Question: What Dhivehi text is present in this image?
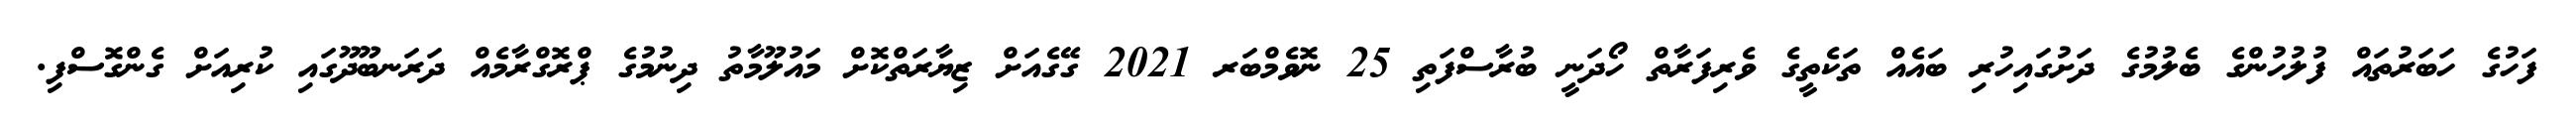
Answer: ފަހުގެ ހަބަރުތައް ފުލުހުންގެ ބެލުމުގެ ދަށުގައިހުރި ބައެއް ތަކެތީގެ ވެރިފަރާތް ހޯދަނީ ބުރާސްފަތި 25 ނޮވެމްބަރ 2021 ގޭގެއަށް ޒިޔާރަތްކޮށް މައުލޫމާތު ދިނުމުގެ ޕްރޮގްރާމެއް ދަރަނބޫދޫގައި ކުރިއަށް ގެންގޮސްފި.